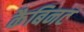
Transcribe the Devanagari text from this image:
कैबिनट